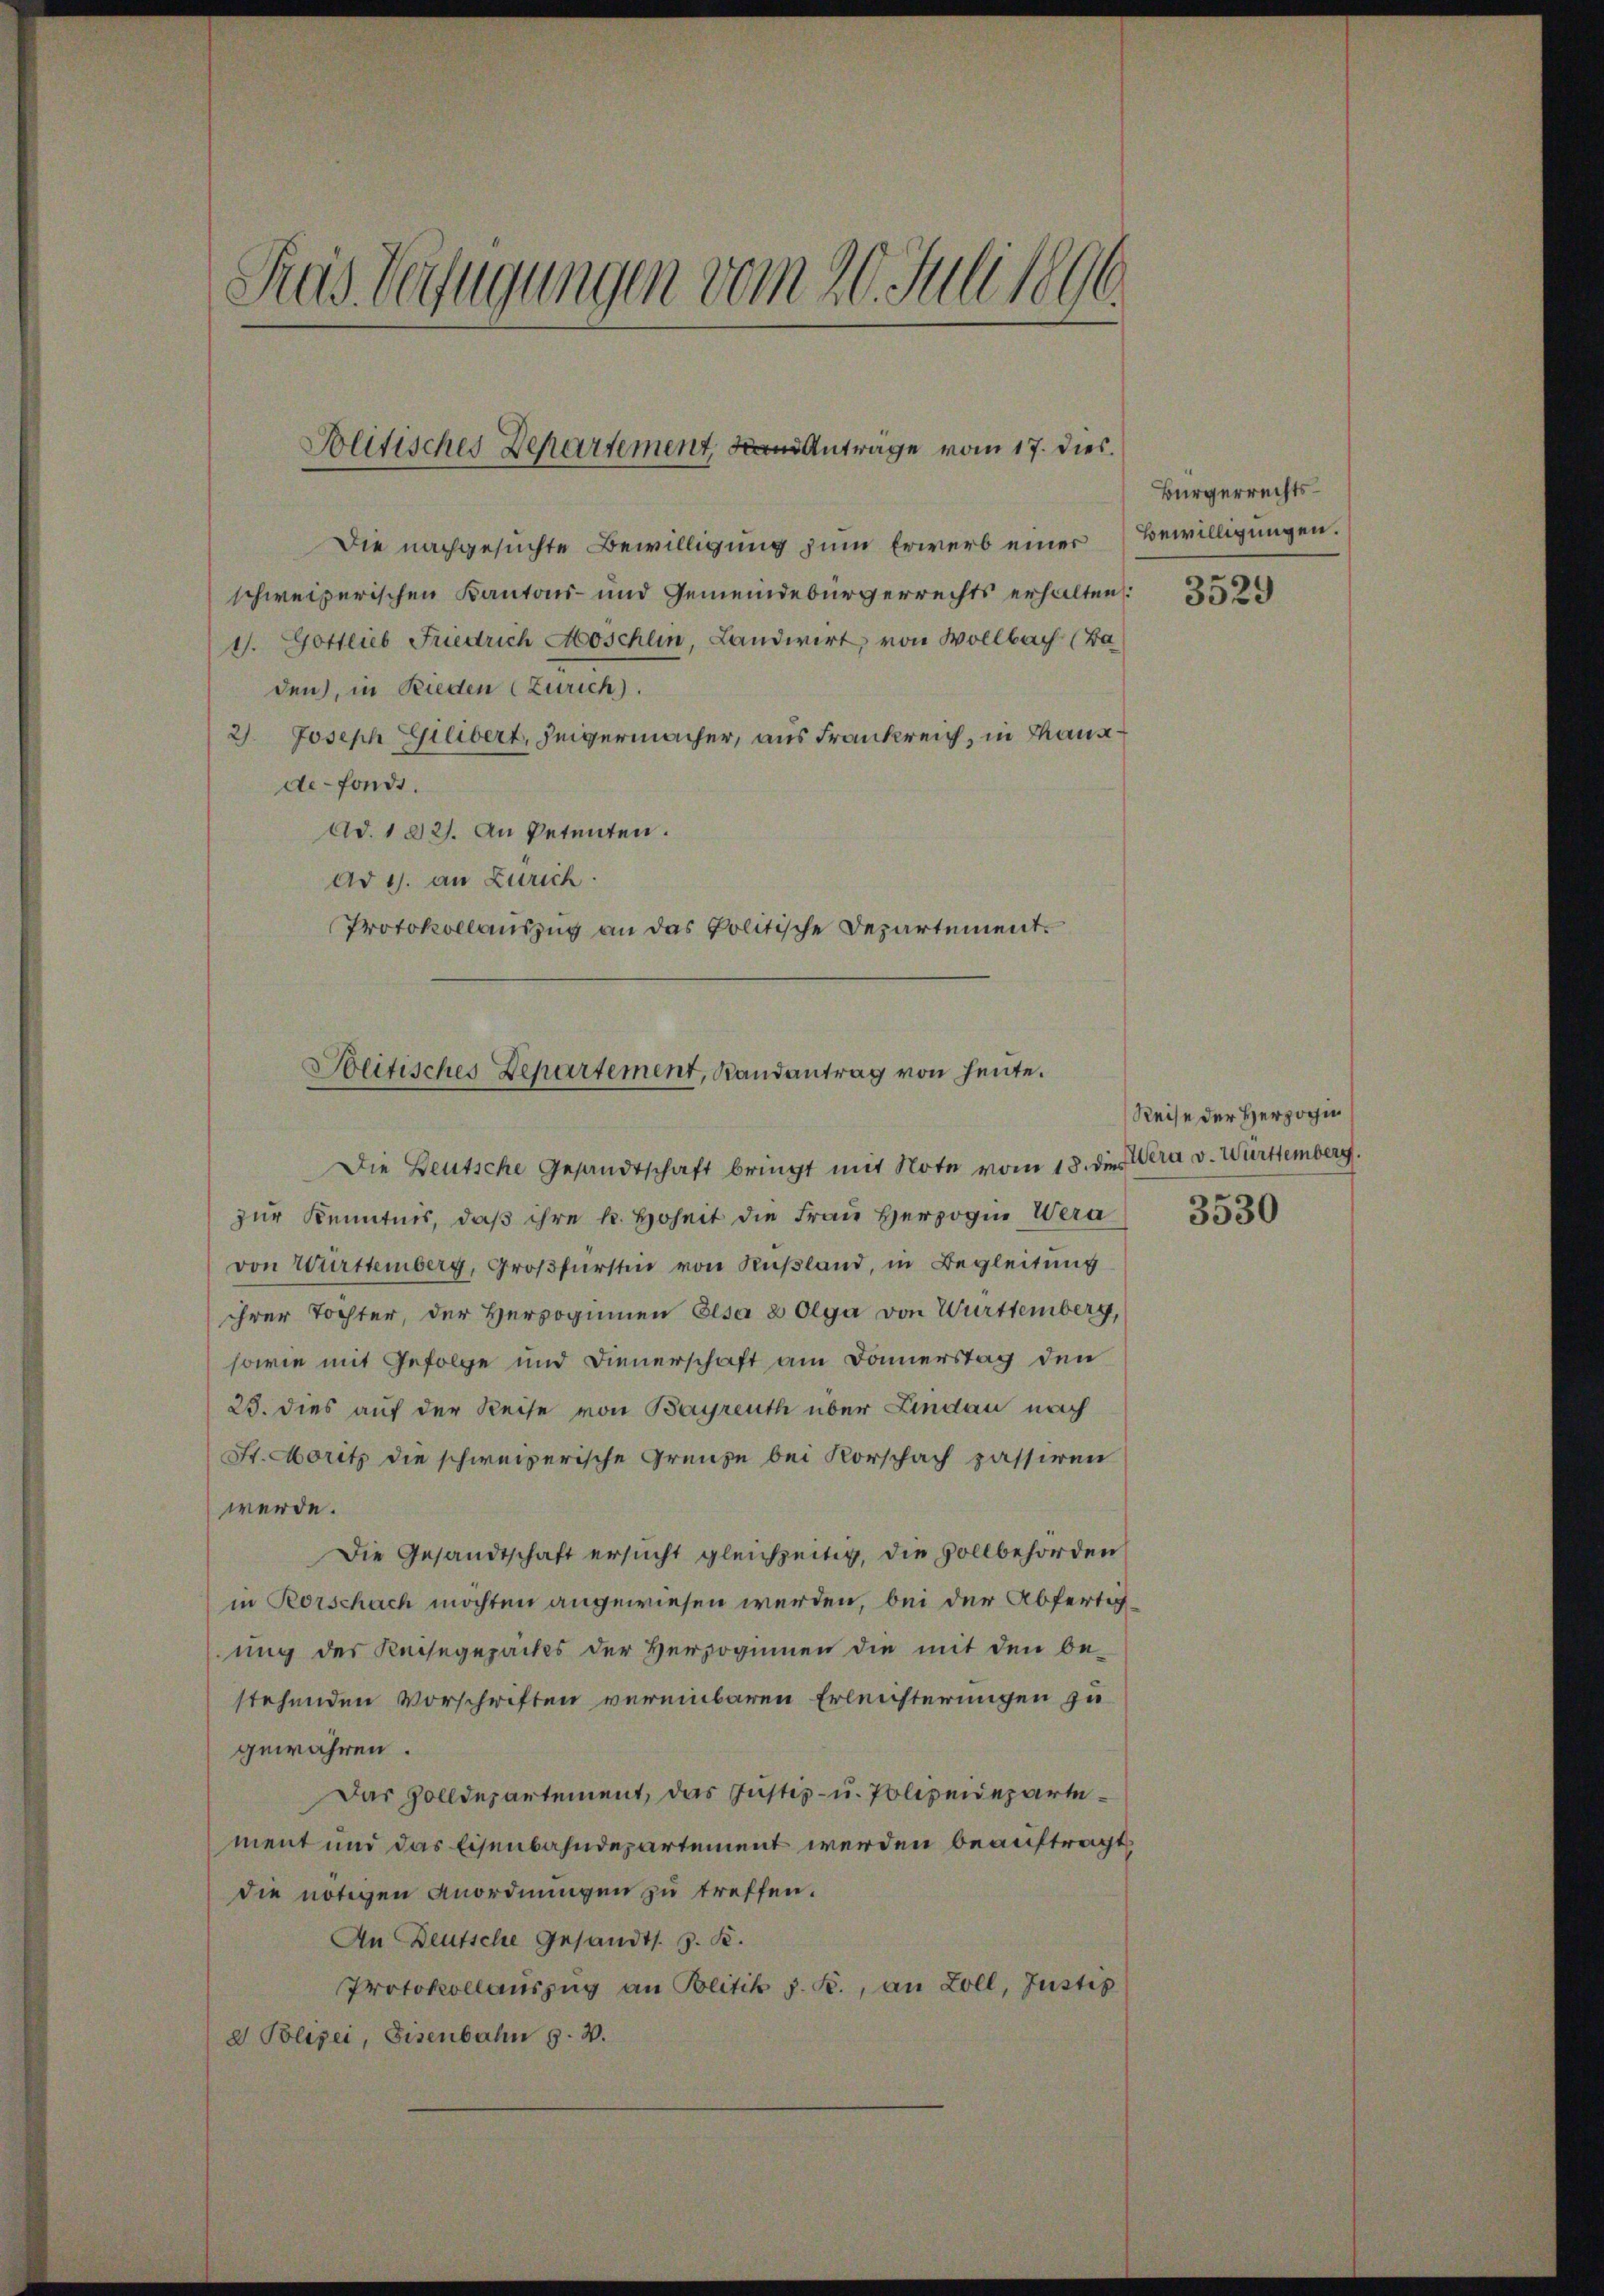
Pras Verfügungen vom 20. Juli 1890.

Solitisches Departement, an Antrage vom 17. dies

Die nachgesuchte Bewilligung zum Erwerb einer Bewilligungen.
schweizerischen Kantons- und Gemeindebürgerrechts erhalten:
1. Gottlieb Friedrich Moschlin, Landwirt, von Wollbach (Ba
den, in Rieden (Zürich).
2). Joseph Gilibert, Zeigermacher, aus Frankreich, in Thausde-fonds.
Ad. 102). An Petenten.
Ad 1. an Zürich.
Protokollauszug an das Politische Departement.

Beitisches Departement, Landantrag von heute.

Die Deutsche Gesandtschaft bringt mit Note vom 18. die tra v. Württemberg.
zur Kenntnis, daß ihre k. Hoheit die Frau Herzogin Wera
von Württemberg, Großfürstin von Rußland, in Begleitung
ihrer Tochter, der Herzoginnen Elsa 2 Olga von Württemberg,
sowie mit Gefolge und Dienerschaft am Donnerstag den
25. dies auf der Reise von Bayreuth über Lindau nach
St. Moritz die schweizerische Grenze bei Vorschach passiren
werde.
Die Gesandtschaft ersucht gleichzeitig, die vollbehörden
in Rorschach möchten angewiesen werden, bei der Abfertigung des Keisegepackes der Herzoginnen die mit den be-
stehenden Vorschriften vereinbaren Erleichterungen zu
gewähren.
Das Zolldepartement, das Justiz- u. Polizeidepartement und das Eisenbahndepartement werden beauftragt,
die nötigen Anordnungen zu treffen.
An Deutsche Gesandts. z. B.
Protokollaŭszŭg an Blitik z. B., an Zoll, Justiz
e Polizei, Eisenbahn z. B.

Bürgerrechts¬

3529

Reise der Herzogin

3530